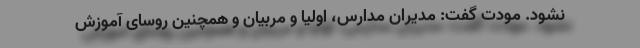
نشود. مودت گفت: مدیران مدارس، اولیا و مربیان و همچنین روسای آموزش